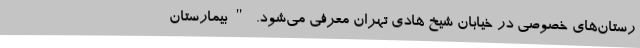
رستان‌های خصوصی در خیابان شیخ هادی تهران معرفی می‌شود. "بیمارستان